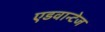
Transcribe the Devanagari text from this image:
एडवान्टेज